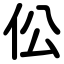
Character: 伀